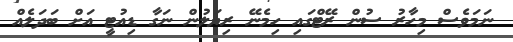
ނަމަވެސް މިހާރު ސުން ރޭޓްގައި ހިމެނޭ ރިޔަލުން ނަގާ ޑިއުޓީ އަށް ބަދަލެއް